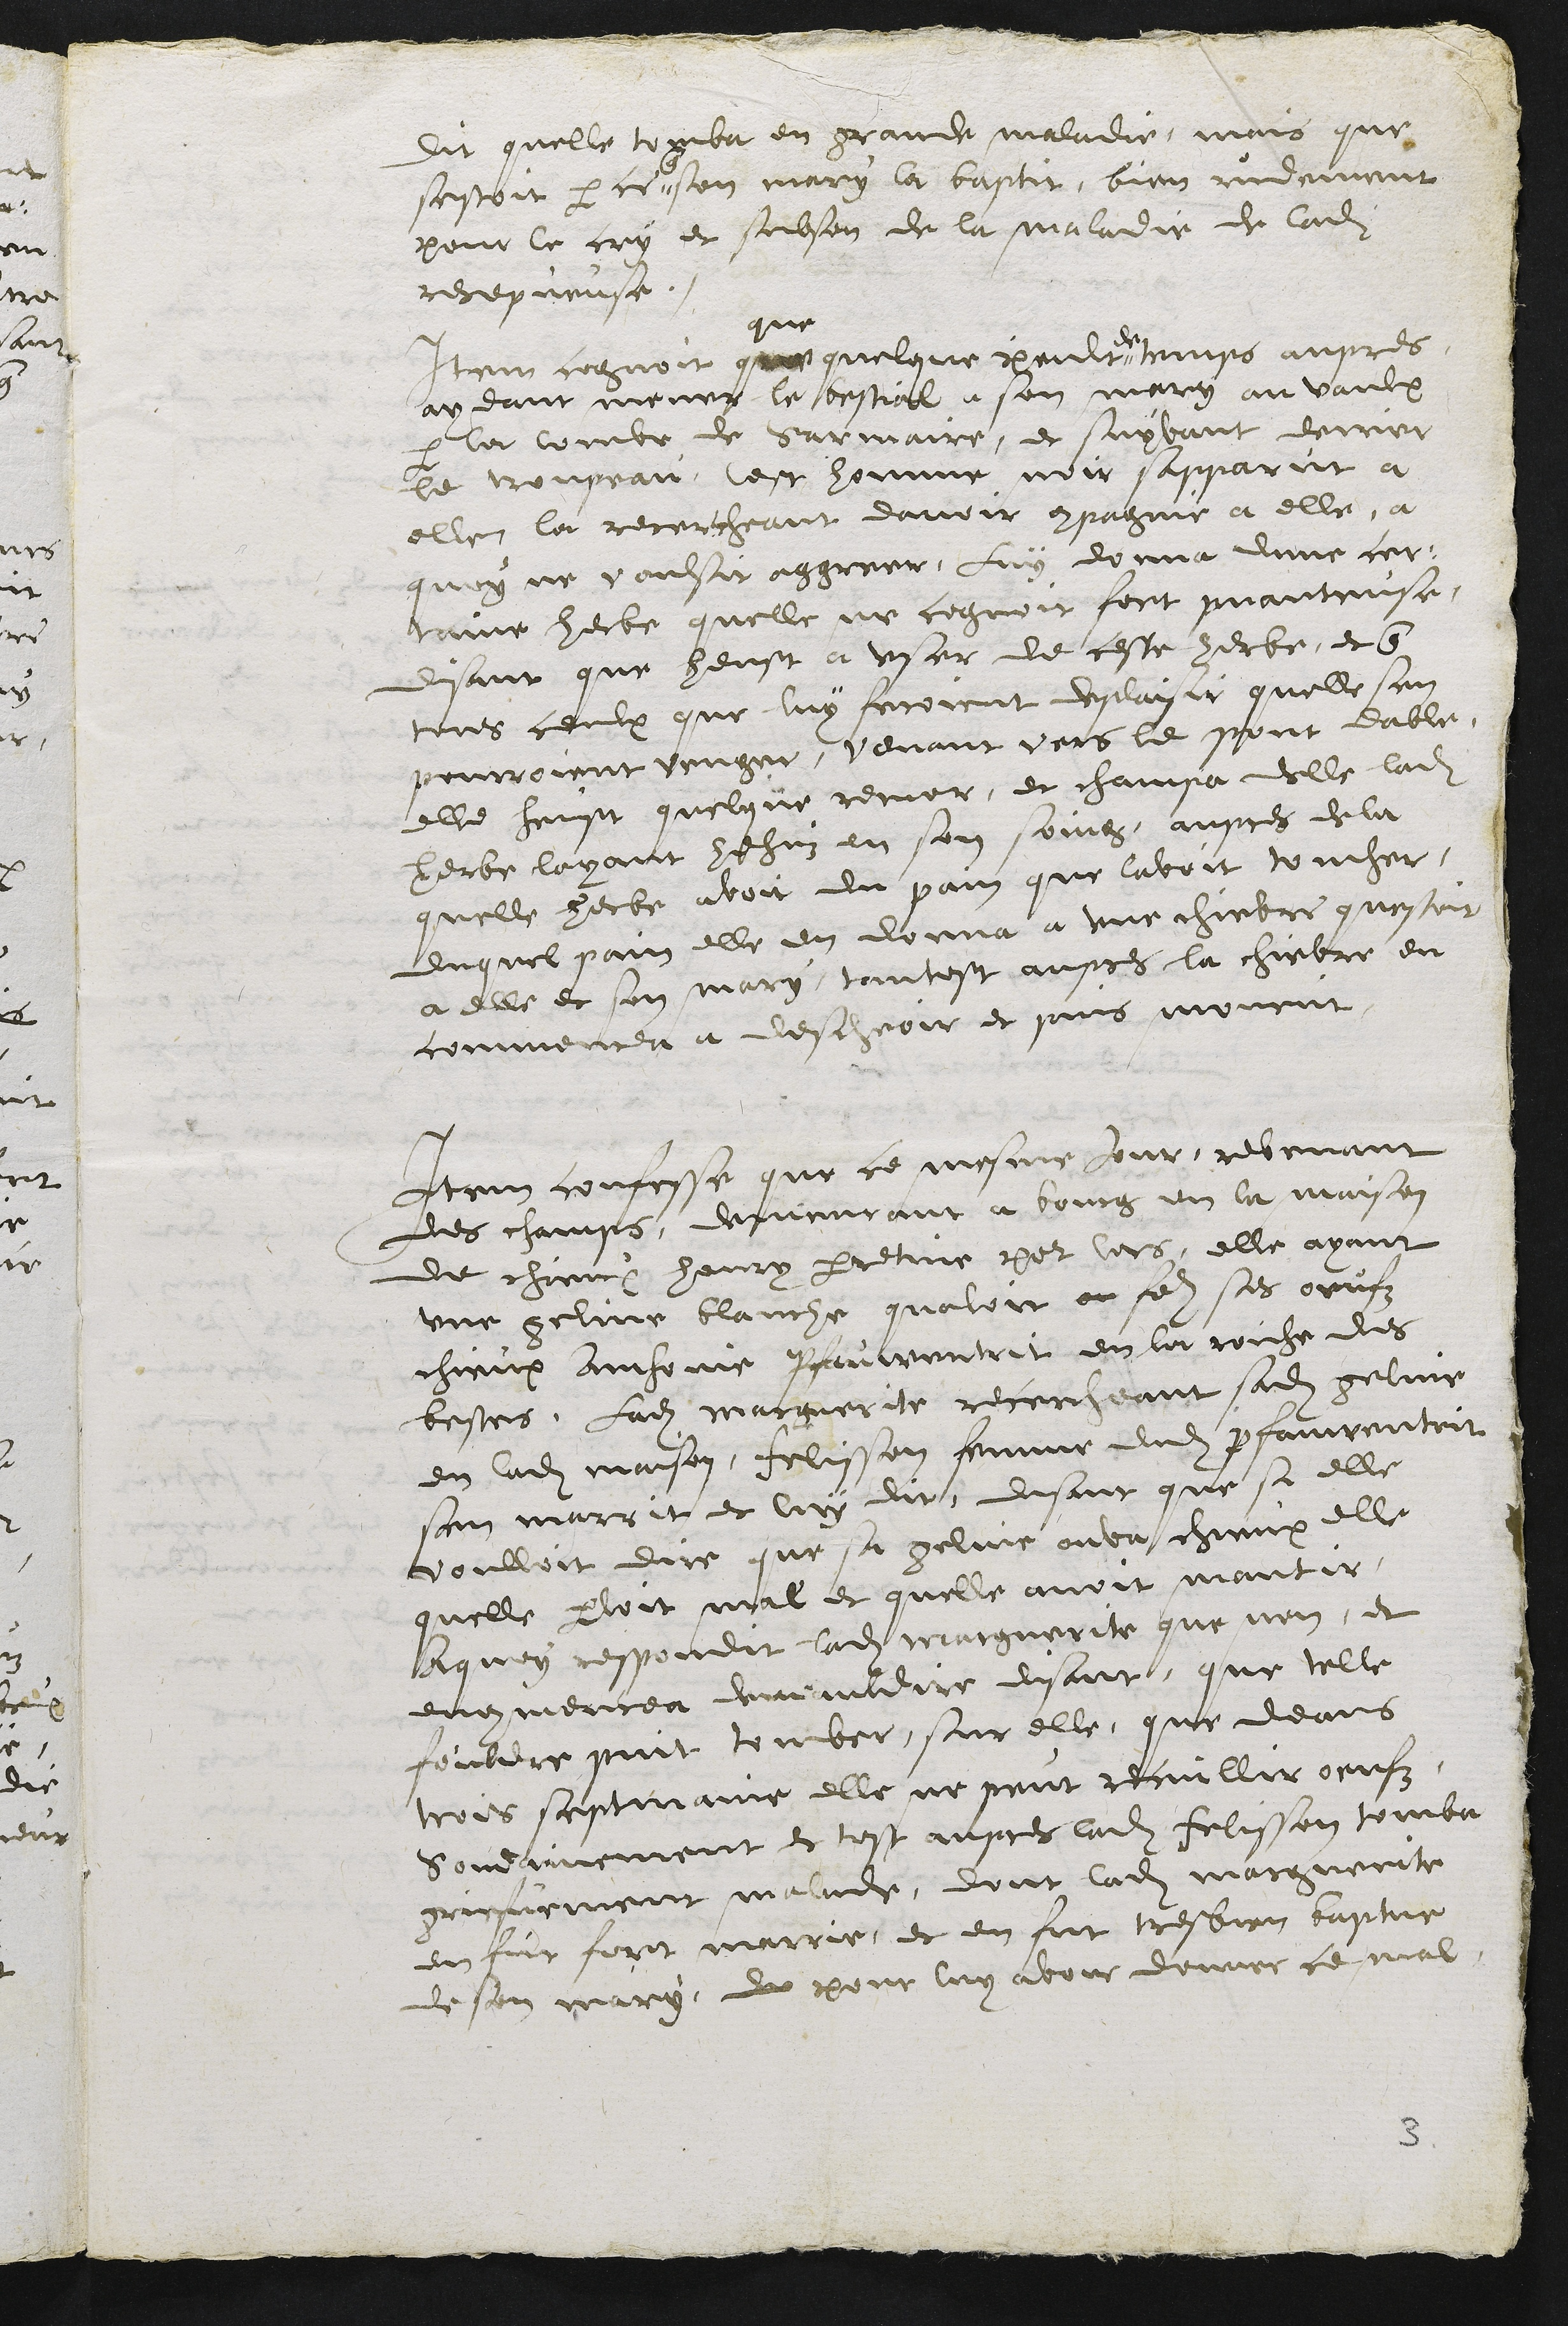
Dit quelle tomba en grande maladie, mais que
sestoit par ce
que
son mary la baptit, bien rudement
pour le cry et soubson de la maladie de ladite
recepveuse.
Item cognoit que
que
quelque peult
de
temps aupres
aydant mener le bestial a son mary au vaulx
par le combe de Sarmaire, et suyvant derrier
le troupeau, cest homme noir sapparut a
elle la recercheant davoir compagnie a elle, a
quoy ny voulsit agreer, luy donna dune cer-
traine herbe quelle ne cognoit fort puanteuse,
disant que heust a user de ceste herbe, et que
tous ceulx que luy feroient deplaisir quelle sen
pourroient venger, venant vers le pont dable
elle heust quelque remor, et champa delle ladite
herbe layant hehuz en son soing, aupres de la
quelle herbe avoit du pain que lavoit toucher,
duquel pain elle en donna a une chievre questoit
a elle et son mary, tantost aupres la chievre en
commencea a descheoir et puis mourut
Item confesse que ce mesme jour, revenant
des champs, demeurant a bourg en la maison
de chieux henry perretine por lors, elle ayant
une geline blanche quavoit ou faire ses oeufz
chieux Anthoine Pfauwentrit en la roiche des
bestes, ladite Marguerite recercheant sadite geline
en ladite maison, Felisson femme dudit Pfauwentrit
san marrit et luy dit, disant que si elle
voulloit dire que sa geline ouva chieux elle
quelle parloit mal et quelle avoit mantir
A quoy respondit ladite Marguerite que non, et
encommencea demauldire disant, que telle
fouldre puit tomber sur elle, que deans
trois sepmaine elle ne peut recuillir oeufz,
Soudainement et tost aupres ladite Felisson tomba
griefvement malade, dont ladite Marguerite
en fut fort marrie, et en fut tres bien baptue
de son mary, de pour luy avons donner ce mal

3